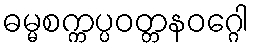
ဓမ္မစက္ကပ္ပဝတ္တနဝဂ္ဂေါ